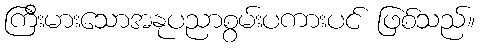
ကြီးမားသောအနုပညာစွမ်းပကားပင် ဖြစ်သည်။